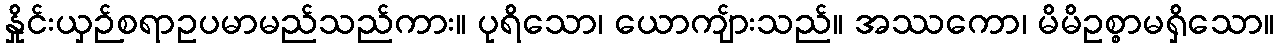
နှိုင်းယှဉ်စရာဥပမာမည်သည်ကား။ ပုရိသော၊ ယောကျ်ားသည်။ အဿကော၊ မိမိဥစ္စာမရှိသော။